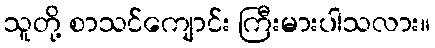
သူတို့ စာသင်ကျောင်း ကြီးမားပါသလား။